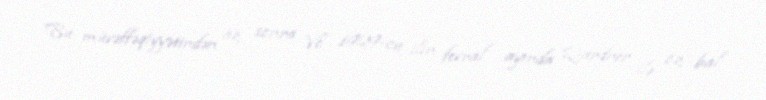
Bu müvəffəqiyyətindən az sonra Vo 1929-cu ilin fevral ayında Qardner ilə öz bal